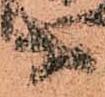
等